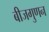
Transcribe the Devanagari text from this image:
बीजगुणन